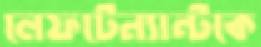
লেফটেন্যান্টকে